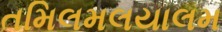
તમિલમલયાલમ